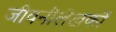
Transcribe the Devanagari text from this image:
जीवनीलेखकों